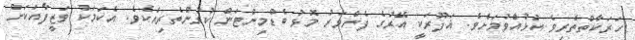
ހަރަކާތްތެރިވެ އުޅުއްވުމަށެވެ. ޣަފޫރަކީ އޭރުގެ ފެންވަރު މޮޅު ބެޑްމިންޓަން ކުޅުންތެރިއެކެވެ. އެކަމަކު ވަޒީފާއަކަށް